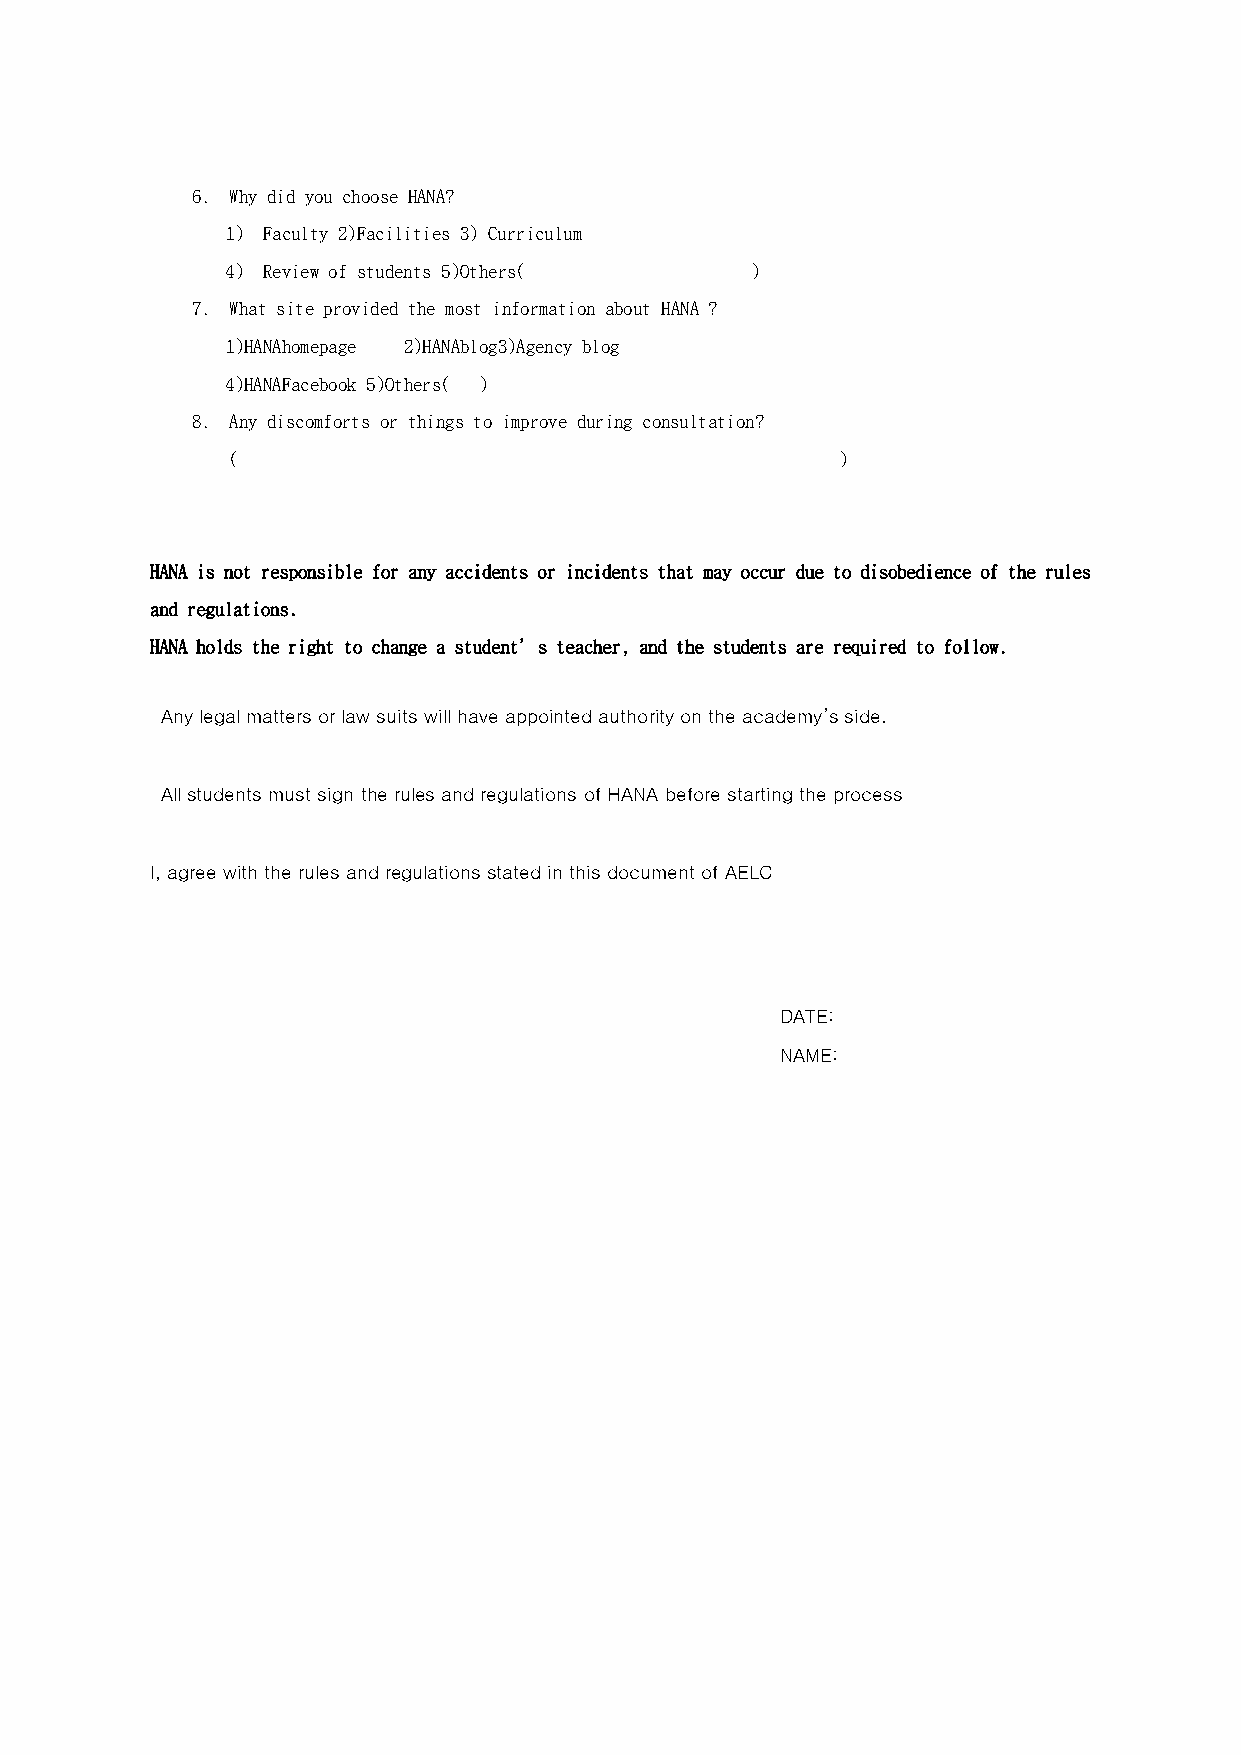
6. Why did you choose HANA?
 1) Faculty 2)Facilities 3) Curriculum
 4) Review of students 5)Others(    )
 7. What site provided the most information about HANA ?
 1)HANAhomepage 2)HANAblog3)Agency blog
 4)HANAFacebook 5)Others( )
 8. Any discomforts or things to improve during consultation?
 (                                        )
 HANA is not responsible for any accidents or incidents that may occur due to disobedience of the rules
 and regulations.
 HANA holds the right to change a student’s teacher, and the students are required to follow.
 Any legal matters or law suits will have appointed authority on the academy’s side.
 All students must sign the rules and regulations of HANA before starting the process
 I, agree with the rules and regulations stated in this document of AELC
 DATE:
 NAME: